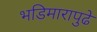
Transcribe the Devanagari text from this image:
भडिमारापुढे